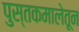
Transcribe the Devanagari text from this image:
पुस्तकमालेतून